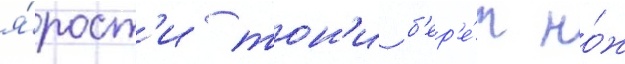
я́рост'и тон'и б'ер'е́т но́ж